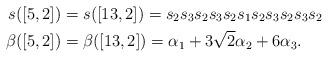
LaTeX: \begin{align*} s([5,2])&=s([13,2]) = s_2s_3 s_2s_3 s_2s_1s_2s_3 s_2s_3s_2 \ \\ \beta([5,2])&=\beta([13,2]) = \alpha_1 + 3 \sqrt 2 \alpha_2 + 6 \alpha_3 .\end{align*}